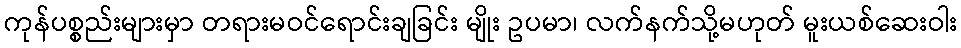
ကုန်ပစ္စည်းများမှာ တရားမဝင်ရောင်းချခြင်း မျိုး ဥပမာ၊ လက်နက်သို့မဟုတ် မူးယစ်ဆေးဝါး